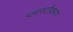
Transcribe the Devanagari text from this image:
प्लास्टीकरण